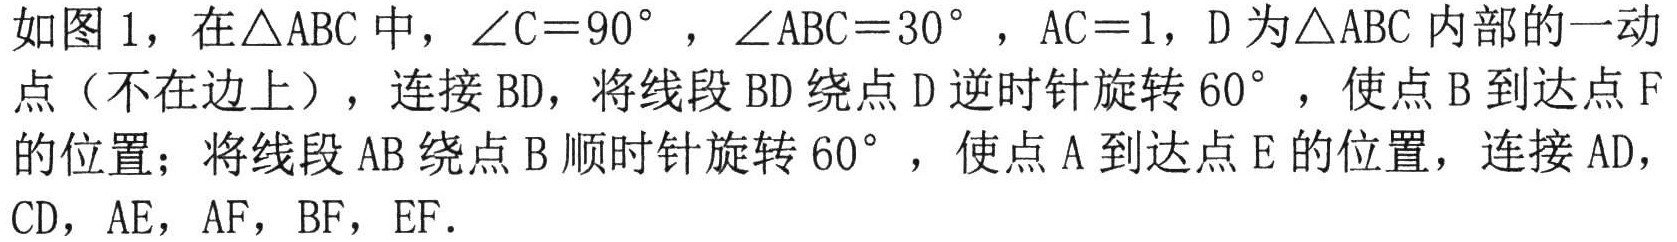
如图1，在\(\triangle ABC\)中，\(\angle C = 90^{\circ}\)，\(\angle ABC = 30^{\circ}\)，\(AC = 1\)，\(D\)为\(\triangle ABC\)内部的一动点（不在边上），连接\(BD\)，将线段\(BD\)绕点\(D\)逆时针旋转\(60^{\circ}\)，使点\(B\)到达点\(F\)的位置；将线段\(AB\)绕点\(B\)顺时针旋转\(60^{\circ}\)，使点\(A\)到达点\(E\)的位置，连接\(AD\)，\(CD\)，\(AE\)，\(AF\)，\(BF\)，\(EF\)．